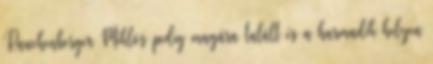
Rauchenberger Miklós pedig magára talált és a harmadik helyen